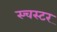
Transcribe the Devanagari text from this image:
स्चस्टर